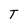
Character: T